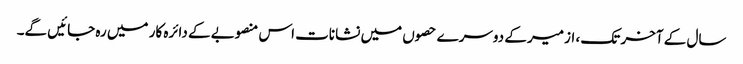
سال کے آخر تک ، ازمیر کے دوسرے حصوں میں نشانات اس منصوبے کے دائرہ کار میں رہ جائیں گے۔